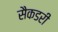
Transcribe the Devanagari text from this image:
सैकडरी